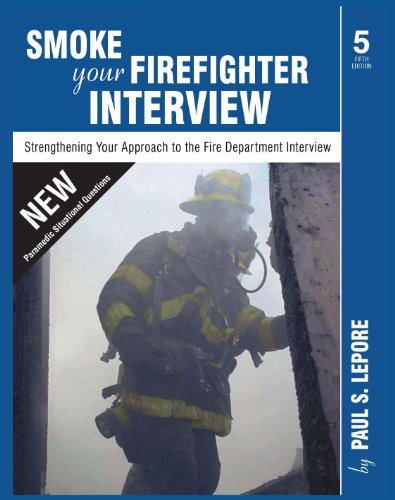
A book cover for Smoke your Firefighter Interview; Paul S. Lepore; Test Preparation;